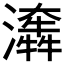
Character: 𤂤